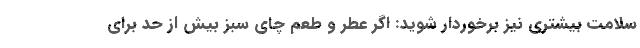
سلامت بیشتری نیز برخوردار شوید: اگر عطر و طعم چای سبز بیش از حد برای